Leningradi_Edasi_toimetus, lk 20
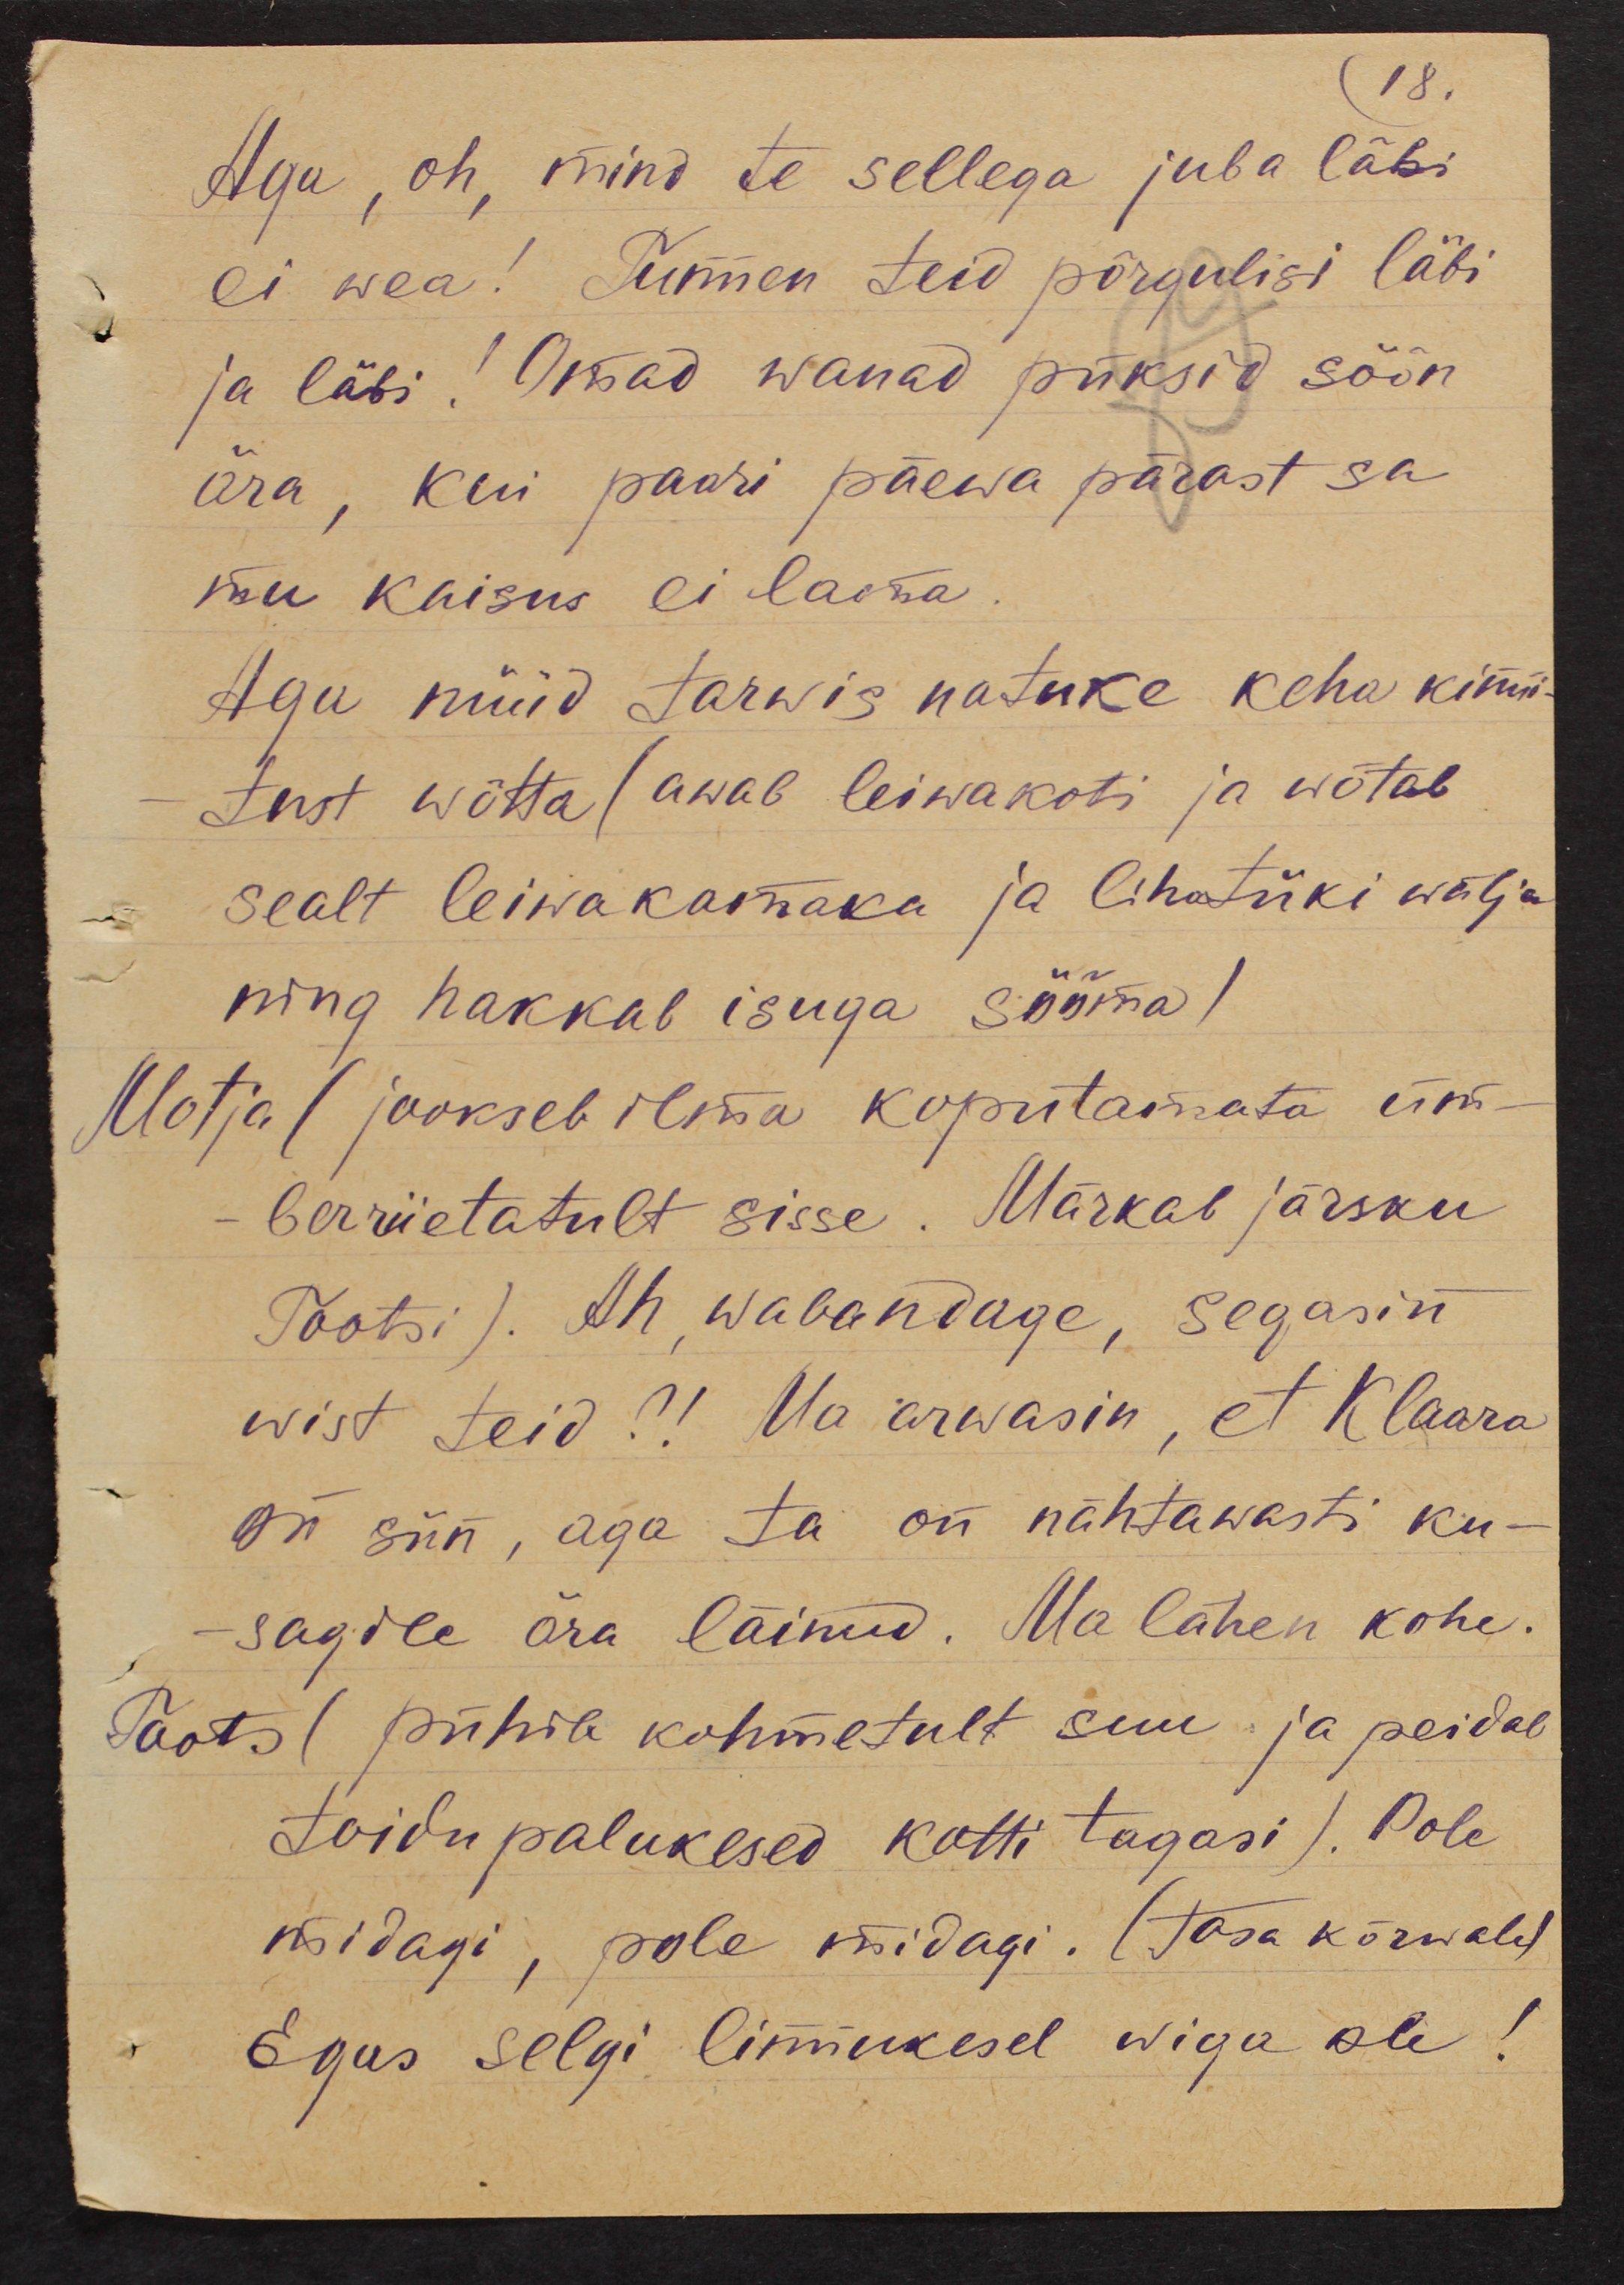
18.
Aga, oh, mind te sellega juba läbi
ei wea! Tunnen teid põrgulisi läbi
ja läbi! Omad wanad püksid söön
ära, kui paari päewa pärast sa
mu kaisus ei lama.
Aga nüüd tarwis natuke keha kinni-
tust wõtta (awab leiwakoti ja wõtab
sealt leiwakamaka ja lihatüki wälja
ning hakkab isuga sööma)
Motja (jookseb ilma koputamata üm-
berriietatult sisse. Märkab järsku
Tootsi). Ah, wabandage, segasin
wist teid?! Ma arwasin, et Klaara
on siin, aga ta on nähtawasti ku-
sagile ära läinud. Ma lähen kohe.
Täots (pühib kohmetult suu ja peidab
toidu palukesed kotti tagasi). Pole
midagi, pole midagi. (Tasa kõrwale)
Egas selgi linnukesel wiga ole!